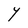
Character: Y